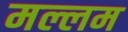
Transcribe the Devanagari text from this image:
मल्लम